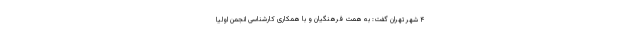
۴ شهر تهران گفت: به همت فرهنگیان و با همکاری کارشناسی انجمن اولیا